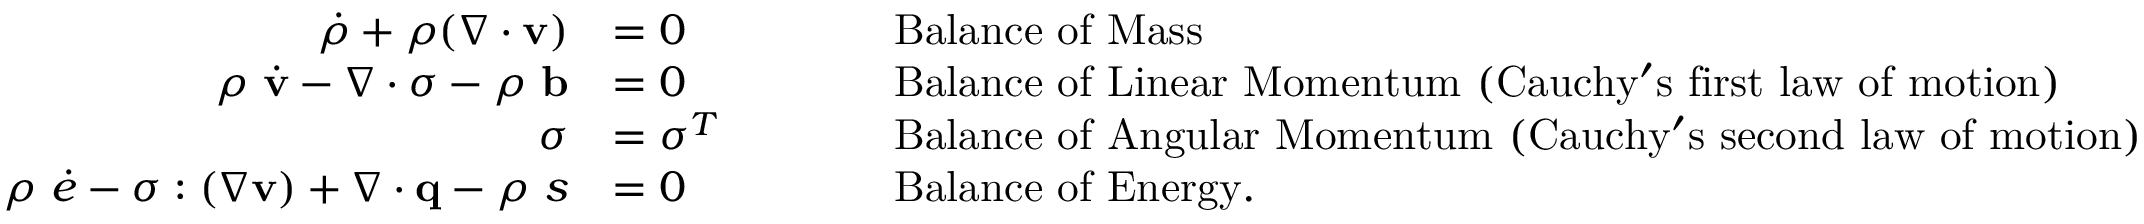
{ \begin{array} { r l r l } { { \dot { \rho } } + \rho ( { \boldsymbol { \nabla } } \cdot \mathbf { v } ) } & { = 0 } & & { \qquad { \mathrm { B a l a n c e ~ o f ~ M a s s } } } \\ { \rho ~ { \dot { \mathbf { v } } } - { \boldsymbol { \nabla } } \cdot { \boldsymbol { \sigma } } - \rho ~ \mathbf { b } } & { = 0 } & & { \qquad { \mathrm { B a l a n c e ~ o f ~ L i n e a r ~ M o m e n t u m ~ ( C a u c h y ' s ~ f i r s t ~ l a w ~ o f ~ m o t i o n ) } } } \\ { { \boldsymbol { \sigma } } } & { = { \boldsymbol { \sigma } } ^ { T } } & & { \qquad { \mathrm { B a l a n c e ~ o f ~ A n g u l a r ~ M o m e n t u m ~ ( C a u c h y ' s ~ s e c o n d ~ l a w ~ o f ~ m o t i o n ) } } } \\ { \rho ~ { \dot { e } } - { \boldsymbol { \sigma } } : ( { \boldsymbol { \nabla } } \mathbf { v } ) + { \boldsymbol { \nabla } } \cdot \mathbf { q } - \rho ~ s } & { = 0 } & & { \qquad { \mathrm { B a l a n c e ~ o f ~ E n e r g y . } } } \end{array} }